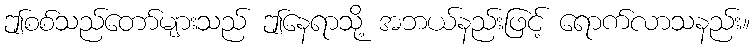
ဤစစ်သည်တော်များသည် ဤနေရာသို့ အဘယ်နည်းဖြင့် ရောက်လာသနည်း။